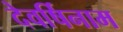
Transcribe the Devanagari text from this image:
देवर्षिनाम